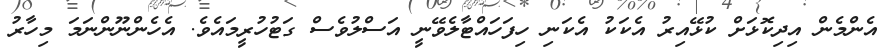
އެންމެން އިދިކޮޅަށް ކުޅޭއިރު އެކަކު އެކަނި ހިފަހައްޓާލެވޭނީ އަސްލުވެސް ގަޓުހުރީމައެވެ. އެހެންނޫންނަމަ މިހާރު